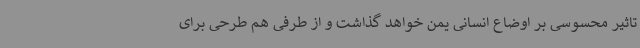
تاثیر محسوسی بر اوضاع انسانی یمن خواهد گذاشت و از طرفی هم طرحی برای